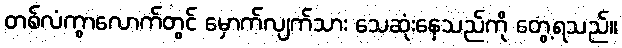
တစ်လံကွာလောက်တွင် မှောက်လျက်သား သေဆုံးနေသည်ကို တွေ့ရသည်။